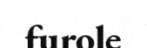
furole